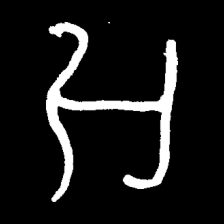
Pyu character \u2014 Myanmar letter: အ (romanized: a)